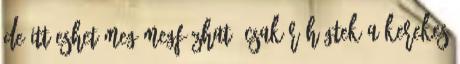
de itt eshet meg megfázhat, csak röhögtek a kerekes